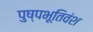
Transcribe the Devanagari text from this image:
पुष्पभूतिवंश